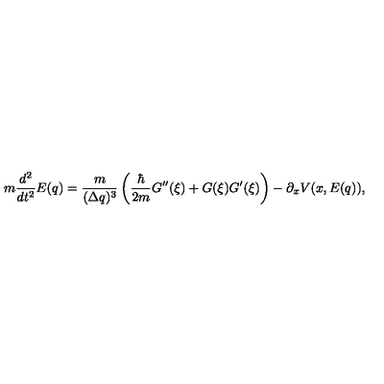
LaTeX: m \frac { d ^ { 2 } } { d t ^ { 2 } } E ( q ) = \frac { m } { { ( \Delta q ) ^ { 3 } } } \left( \frac { \hbar } { 2 m } G ^ { \prime \prime } ( \xi ) + G ( \xi ) G ^ { \prime } ( \xi ) \right) - \partial _ { x } V ( x , E ( q ) ) ,